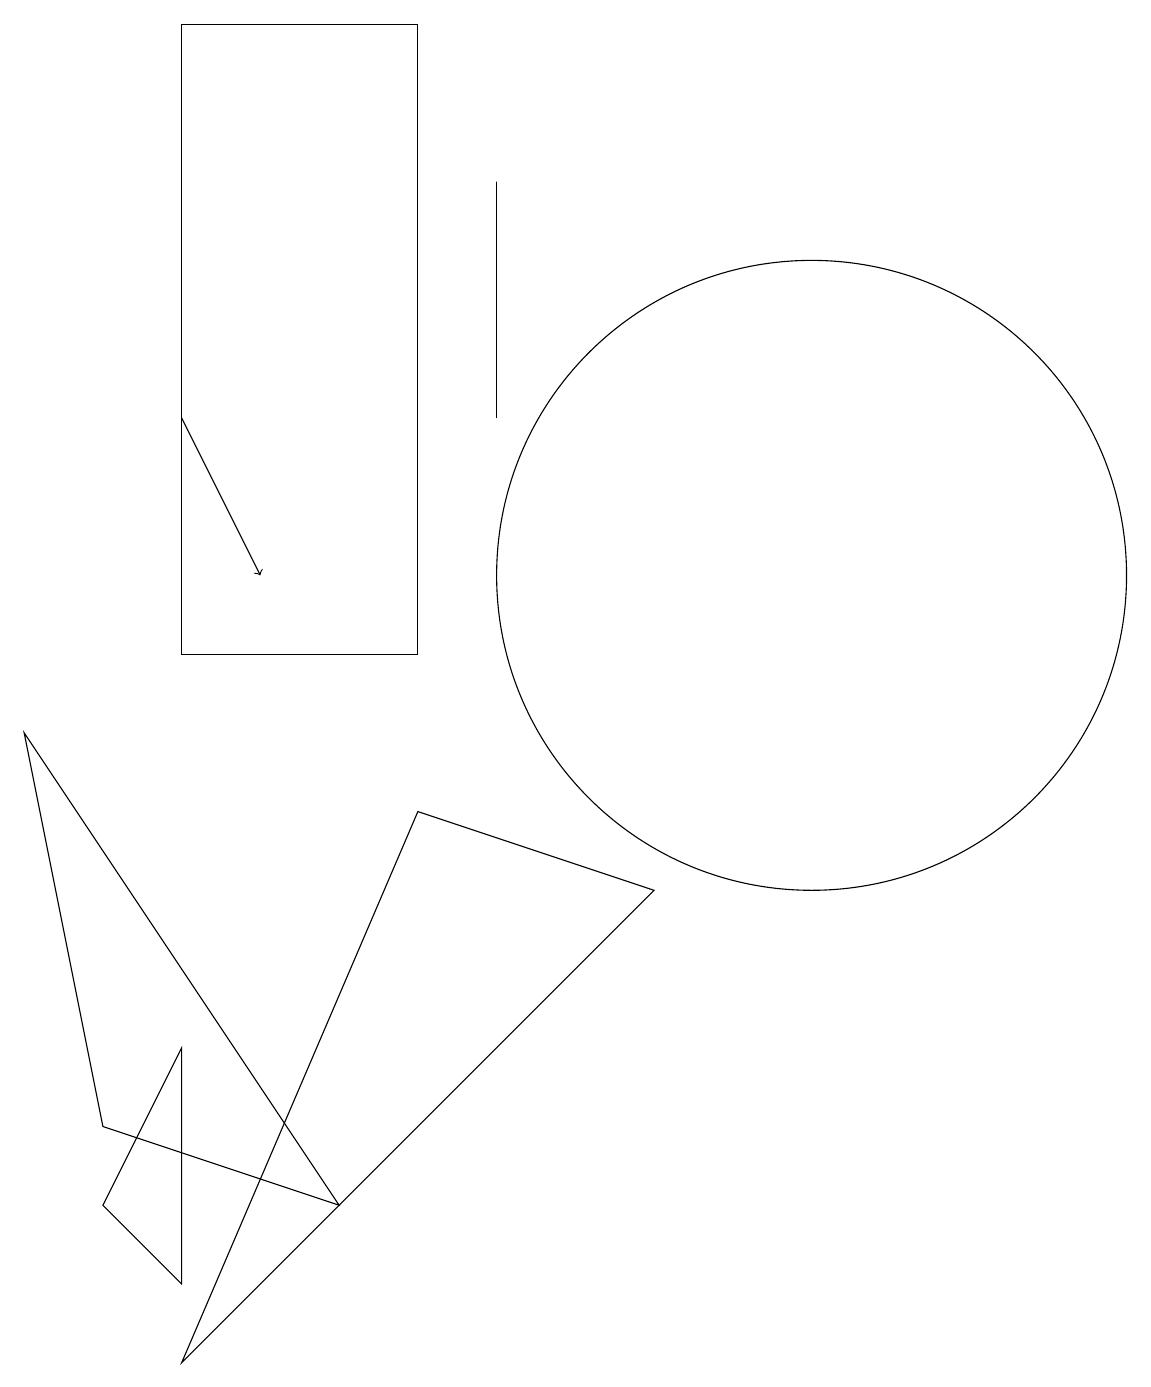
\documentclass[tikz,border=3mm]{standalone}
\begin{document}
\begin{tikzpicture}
\draw[->] (3,13) -- (4,11);
\draw (6,8) -- (3,1) -- (9,7) -- cycle;
\draw (2,3) -- (3,2) -- (3,5) -- cycle;
\draw (2,4) -- (5,3) -- (1,9) -- cycle;
\draw (11,11) circle (4);
\draw (3,18) rectangle (6,10);
\draw (7,13) rectangle (7,16);
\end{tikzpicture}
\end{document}